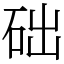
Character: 础